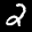
Label: 2